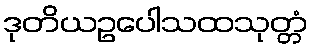
ဒုတိယဥပေါသထသုတ္တံ